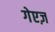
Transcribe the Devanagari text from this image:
गेएज़